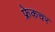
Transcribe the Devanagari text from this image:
फ्रेकचर